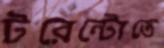
টরেন্টোতে